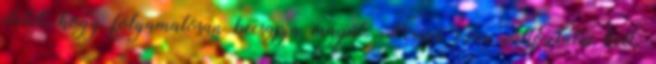
életet, hogy folyamatosan becsapja magát. Persze ezen változtatni kell,